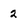
Character: 2